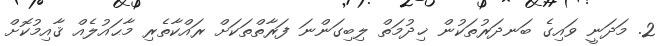
2. މަދަނީ ވައިގެ ބަނދަރުތަކުން ޚިދުމަތް ލިބިގަންނަ ފަރާތްތަކަށް ރައްކާތެރި މާޙައުލެއް ޤާއިމުކޮށް